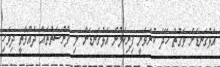
އަޅުގަނޑަށް ވަގުތު ހޭދަ ކުރެވެނީ ފިރިކަލުން އަޅުގަނޑަށް މި ފުރުސަތުތައް ދެއްވާތީ ދިވެހި